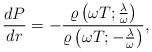
LaTeX: \begin{align*}\frac{d P}{d r} = -\frac{\varrho \left( \omega T; \frac{\lambda}{\omega} \right)}{\varrho \left( \omega T; -\frac{\lambda}{\omega} \right)},\end{align*}